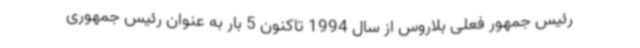
رئیس جمهور فعلی بلاروس از سال 1994 تاکنون 5 بار به عنوان رئیس جمهوری